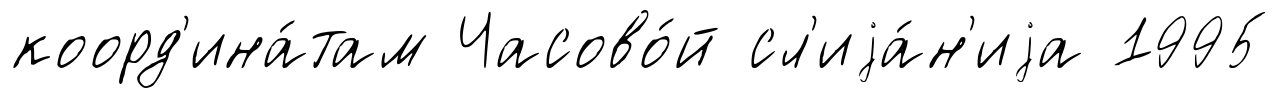
коорд'ина́там Часово́й сл'иjа́н'иjа 1995